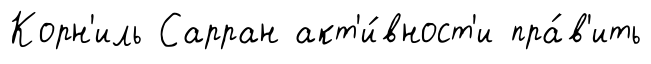
Корн'иль Сарран акт'и́вност'и пра́в'ить